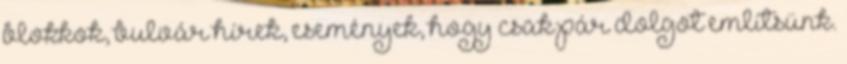
blokkok, bulvár hírek, események, hogy csak pár dolgot említsünk.